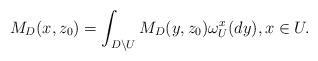
LaTeX: \begin{align*}M_D(x,z_0)= \int_{D\setminus U} M_D(y,z_0)\omega_U^x(dy),x\in U.\end{align*}